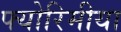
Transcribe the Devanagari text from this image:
फ्योरिमीया